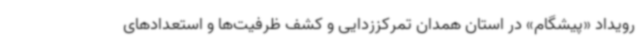
رویداد «پیشگام» در استان ‌همدان تمرکززدایی و کشف ظرفیت‌ها و استعدادهای